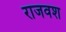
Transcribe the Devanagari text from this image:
राजवश